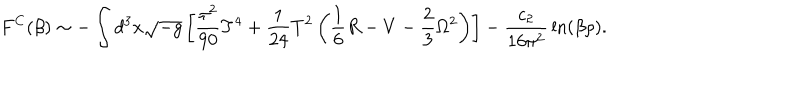
LaTeX: F ^ { C } ( \beta ) \sim - \int d ^ { 3 } x \sqrt { - g } \left[ { \frac { \pi ^ { 2 } } { 9 0 } } T ^ { 4 } + { \frac { 1 } { 2 4 } } T ^ { 2 } \left( \frac 1 6 R - V - \frac 2 3 \Omega ^ { 2 } \right) \right] - { \frac { c _ { 2 } } { 1 6 \pi ^ { 2 } } } \ln ( \beta \rho ) .